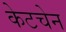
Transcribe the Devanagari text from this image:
केटचेन